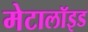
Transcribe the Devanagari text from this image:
मेटालॉइड